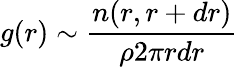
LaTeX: g(r)\sim\frac{n(r,r+dr)}{\rho 2\pi rdr}